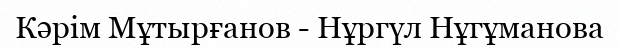
Кәрім Мұтырғанов - Нұргүл Нұгұманова